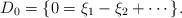
LaTeX: \begin{align*}D_0 = \{ 0 = \xi_1-\xi_2 + \cdots \}.\end{align*}